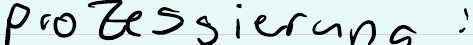
prozessierung :